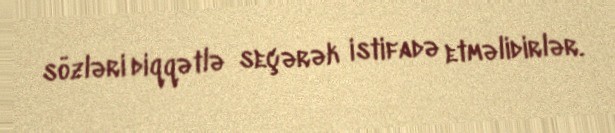
sözləri diqqətlə seçərək istifadə etməlidirlər.